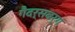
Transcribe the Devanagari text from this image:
गैदर्सबर्ग